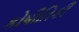
કોષીતિકી